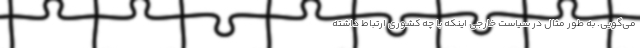
می‌گویی. به طور مثال در سیاست خارجی اینکه با چه کشوری ارتباط داشته